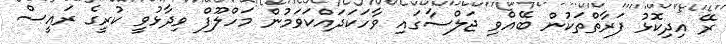
ރޭ އިދިކޮޅު ފަރާތްތަކުން ބޭއްވި ޖަލްސާގައި ވާހަކަދައްކަވަމުން މަހްލޫފް ވިދާޅުވީ ކުރީގެ ރައީސް